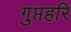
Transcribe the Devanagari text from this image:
गुप्तहरि